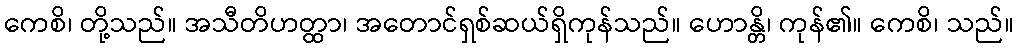
ကေစိ၊ တို့သည်။ အသီတိဟတ္ထာ၊ အတောင်ရှစ်ဆယ်ရှိကုန်သည်။ ဟောန္တိ၊ ကုန်၏။ ကေစိ၊ သည်။